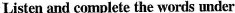
Listen and complete the words under